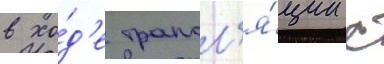
в хо́д'е трансл'я́ции с